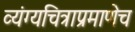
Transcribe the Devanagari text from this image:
व्यंग्यचित्राप्रमाणेच